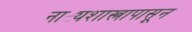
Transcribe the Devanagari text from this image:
नाट्यशास्त्रापासून